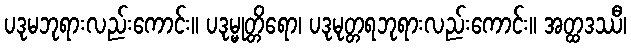
ပဒုမဘုရားလည်းကောင်း။ ပဒုမ္မုတ္တိရော၊ ပဒုမုတ္တရဘုရားလည်းကောင်း။ အတ္ထဒဿီ၊